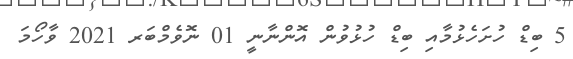
5 ބިޑް ހުށަހެޅުމާއި ބިޑް ހުޅުވުން އޮންނާނީ 01 ނޮވެމްބަރ 2021 ވާހޯމަ